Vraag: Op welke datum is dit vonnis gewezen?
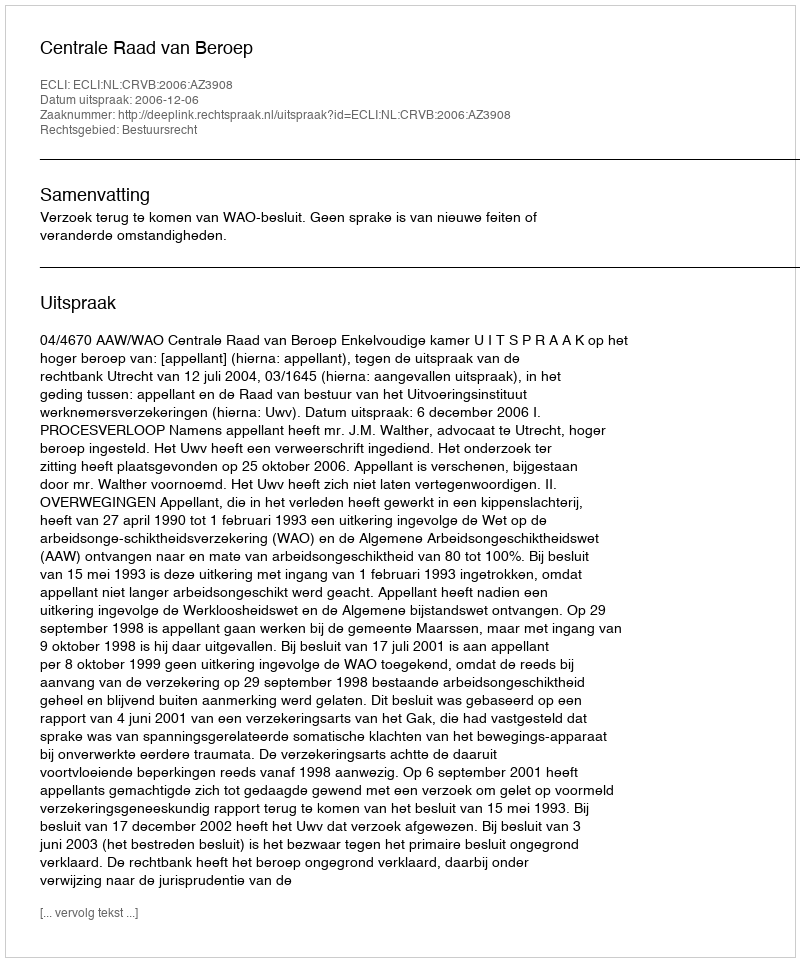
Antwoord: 2006-12-06